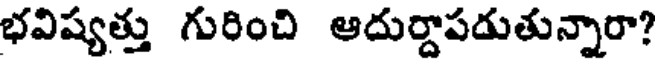
భవిష్యత్తు గురించి ఆదుర్దాపడుతున్నారా?